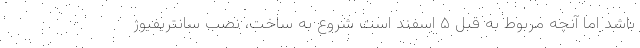
باشد اما آنچه مربوط به قبل ۵ اسفند است شروع به ساخت، نصب سانتریفیوژ